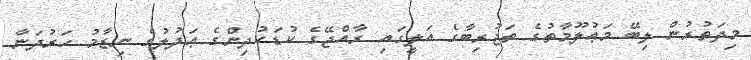
މިދަތުރުން ލިބޭ މަޢުލޫމާތުގެ ތަޖުރިބާގެ އަލީގައި ރާއްޖޭގެ ކުޑަކުދިންގެ ޢަދުލުގެ ނިޒާމު ހަރުދަނާ